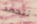
تتجمد